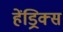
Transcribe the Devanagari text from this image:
हेंड्रिक्‍स